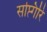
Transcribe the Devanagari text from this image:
सप्त्गिरि